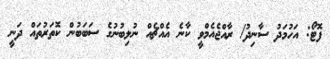
ފޮޓޯ: އަހުމަދު ސާނިދު/ ރާއްޖެއެމްވީ ކާނެ އެއްޗެއް ނުލިބުނުގެ ސަބަބުން ކޮތަރުތައް ދަނީ